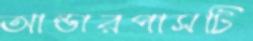
আন্ডারপাসটি